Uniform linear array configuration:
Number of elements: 4
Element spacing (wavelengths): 0.5
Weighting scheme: hamming
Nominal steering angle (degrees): -15
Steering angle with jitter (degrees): -15.302
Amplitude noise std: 0.05
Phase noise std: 0.05

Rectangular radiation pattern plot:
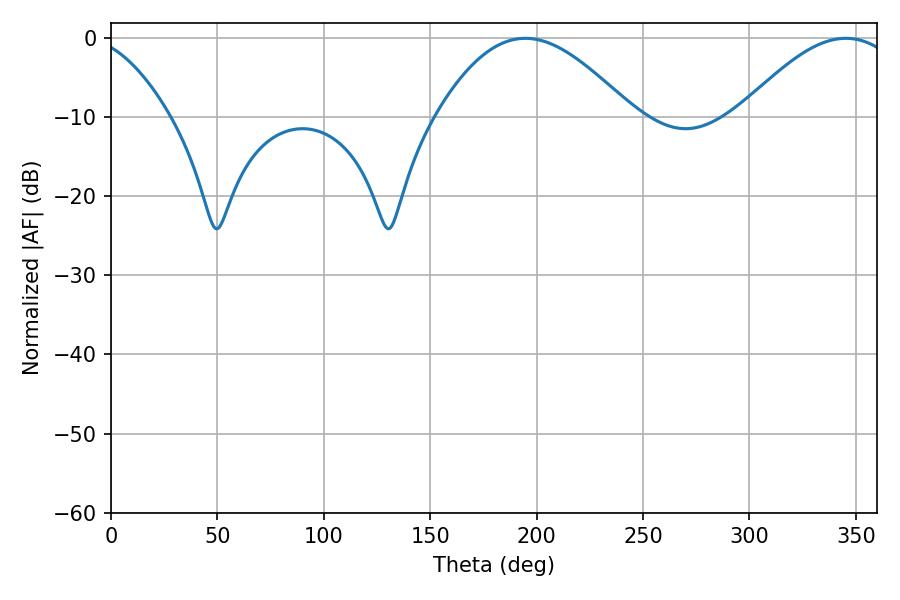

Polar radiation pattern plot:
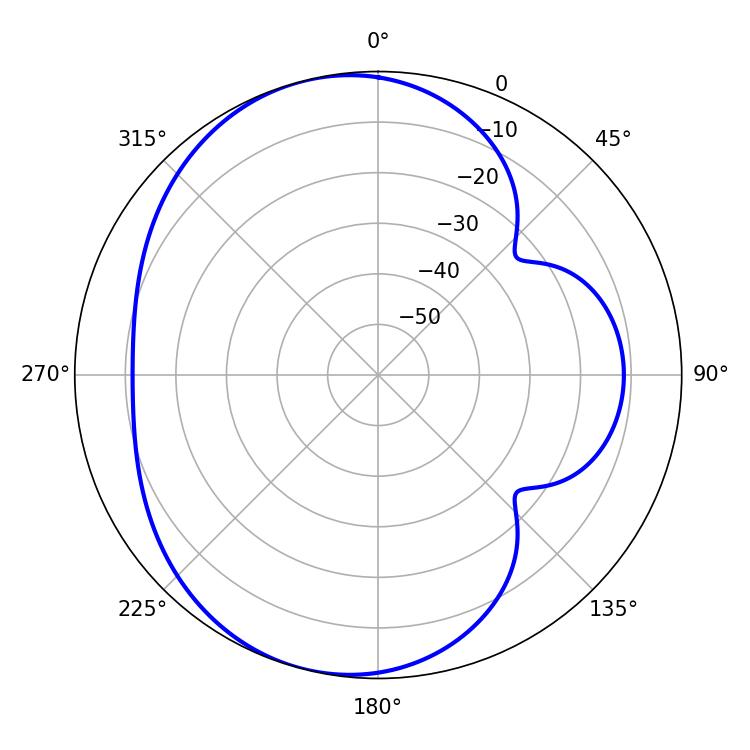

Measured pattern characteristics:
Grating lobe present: FALSE
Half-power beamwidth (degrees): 49.68
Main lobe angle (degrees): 194.76